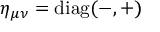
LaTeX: \eta _ { \mu \nu } = \mathrm { d i a g ( - , + ) }